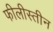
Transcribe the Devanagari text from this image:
फीलीस्तीन